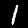
Label: 1